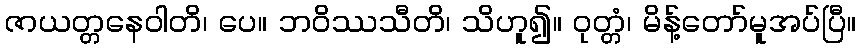
ဇာယတ္တနေဝါတိ၊ ပေ။ ဘဝိဿသီတိ၊ သိဟူ၍။ ဝုတ္တံ၊ မိန့်တော်မူအပ်ပြီ။